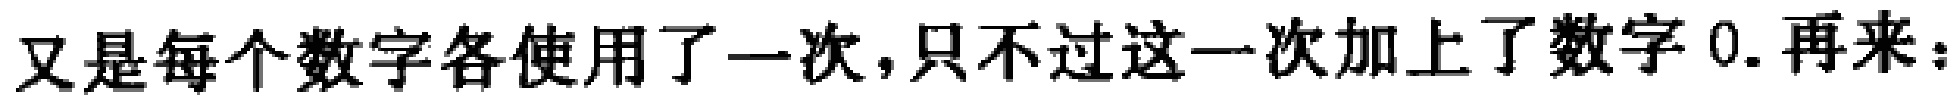
又是每个数字各使用了一次，只不过这一次加上了数字 0. 再来：